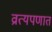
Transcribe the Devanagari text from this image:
व्रात्यपणात